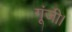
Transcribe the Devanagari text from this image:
गूंजी।